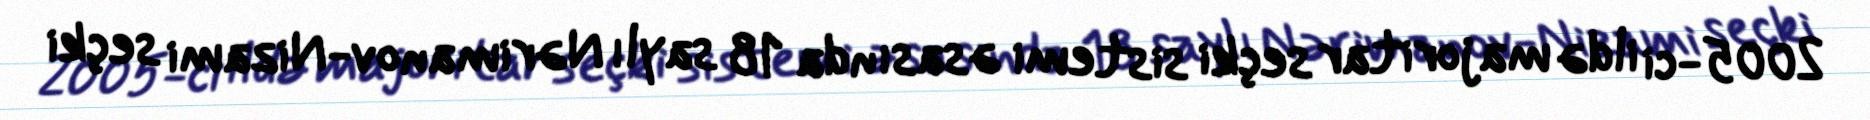
2005-ci ildə majoritar seçki sistemi əsasında 18 saylı Nərimanov-Nizami seçki